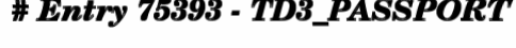
# Entry 75393 - TD3_PASSPORT